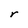
Character: r